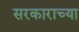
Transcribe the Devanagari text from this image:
सरकाराच्या